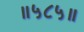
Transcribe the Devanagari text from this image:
॥५८५॥